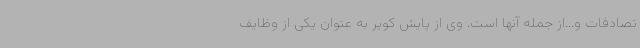
تصادفات و...از جمله آنها است. وی از پایش کویر به عتوان یکی از وظایف